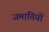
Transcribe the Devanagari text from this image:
जमातियों